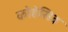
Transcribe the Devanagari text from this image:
कोहेसिव